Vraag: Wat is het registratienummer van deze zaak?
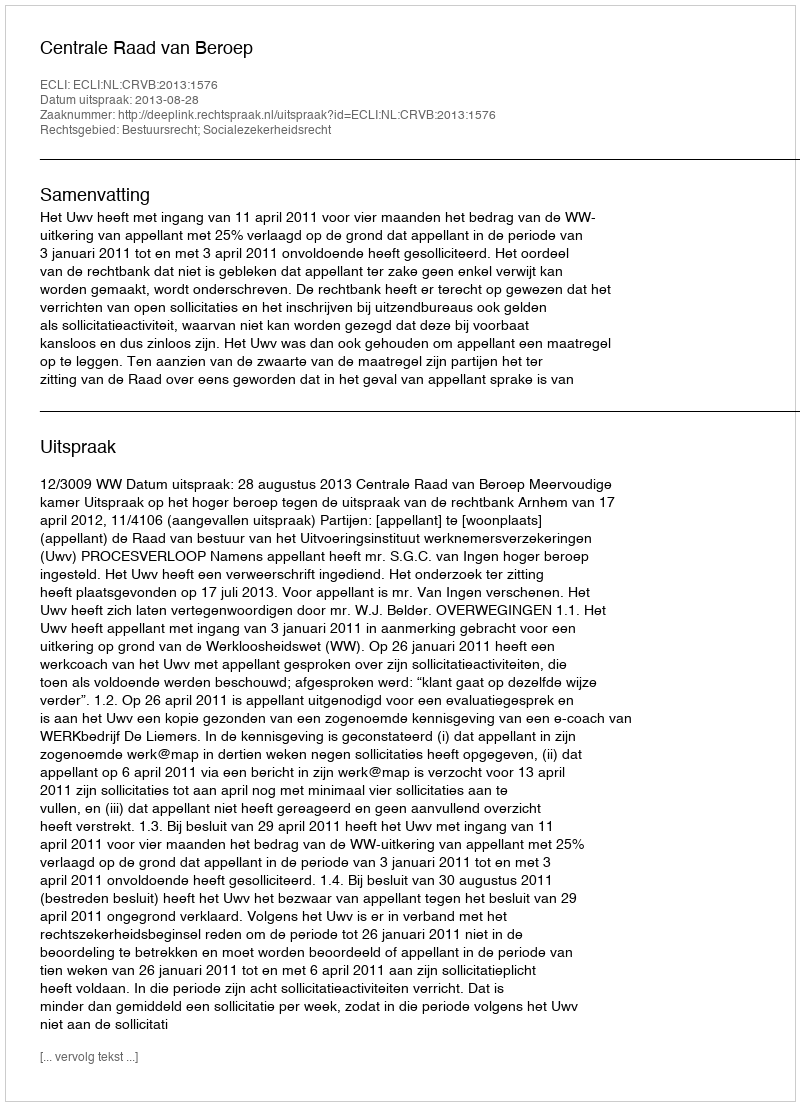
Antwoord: http://deeplink.rechtspraak.nl/uitspraak?id=ECLI:NL:CRVB:2013:1576